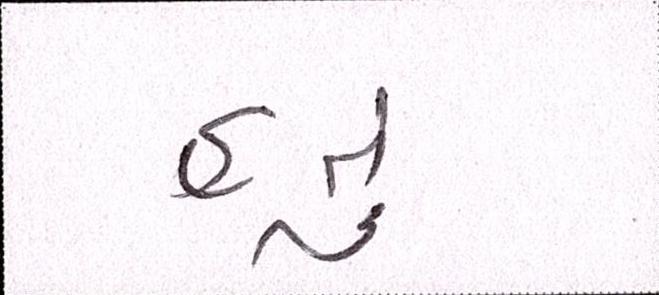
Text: હતું